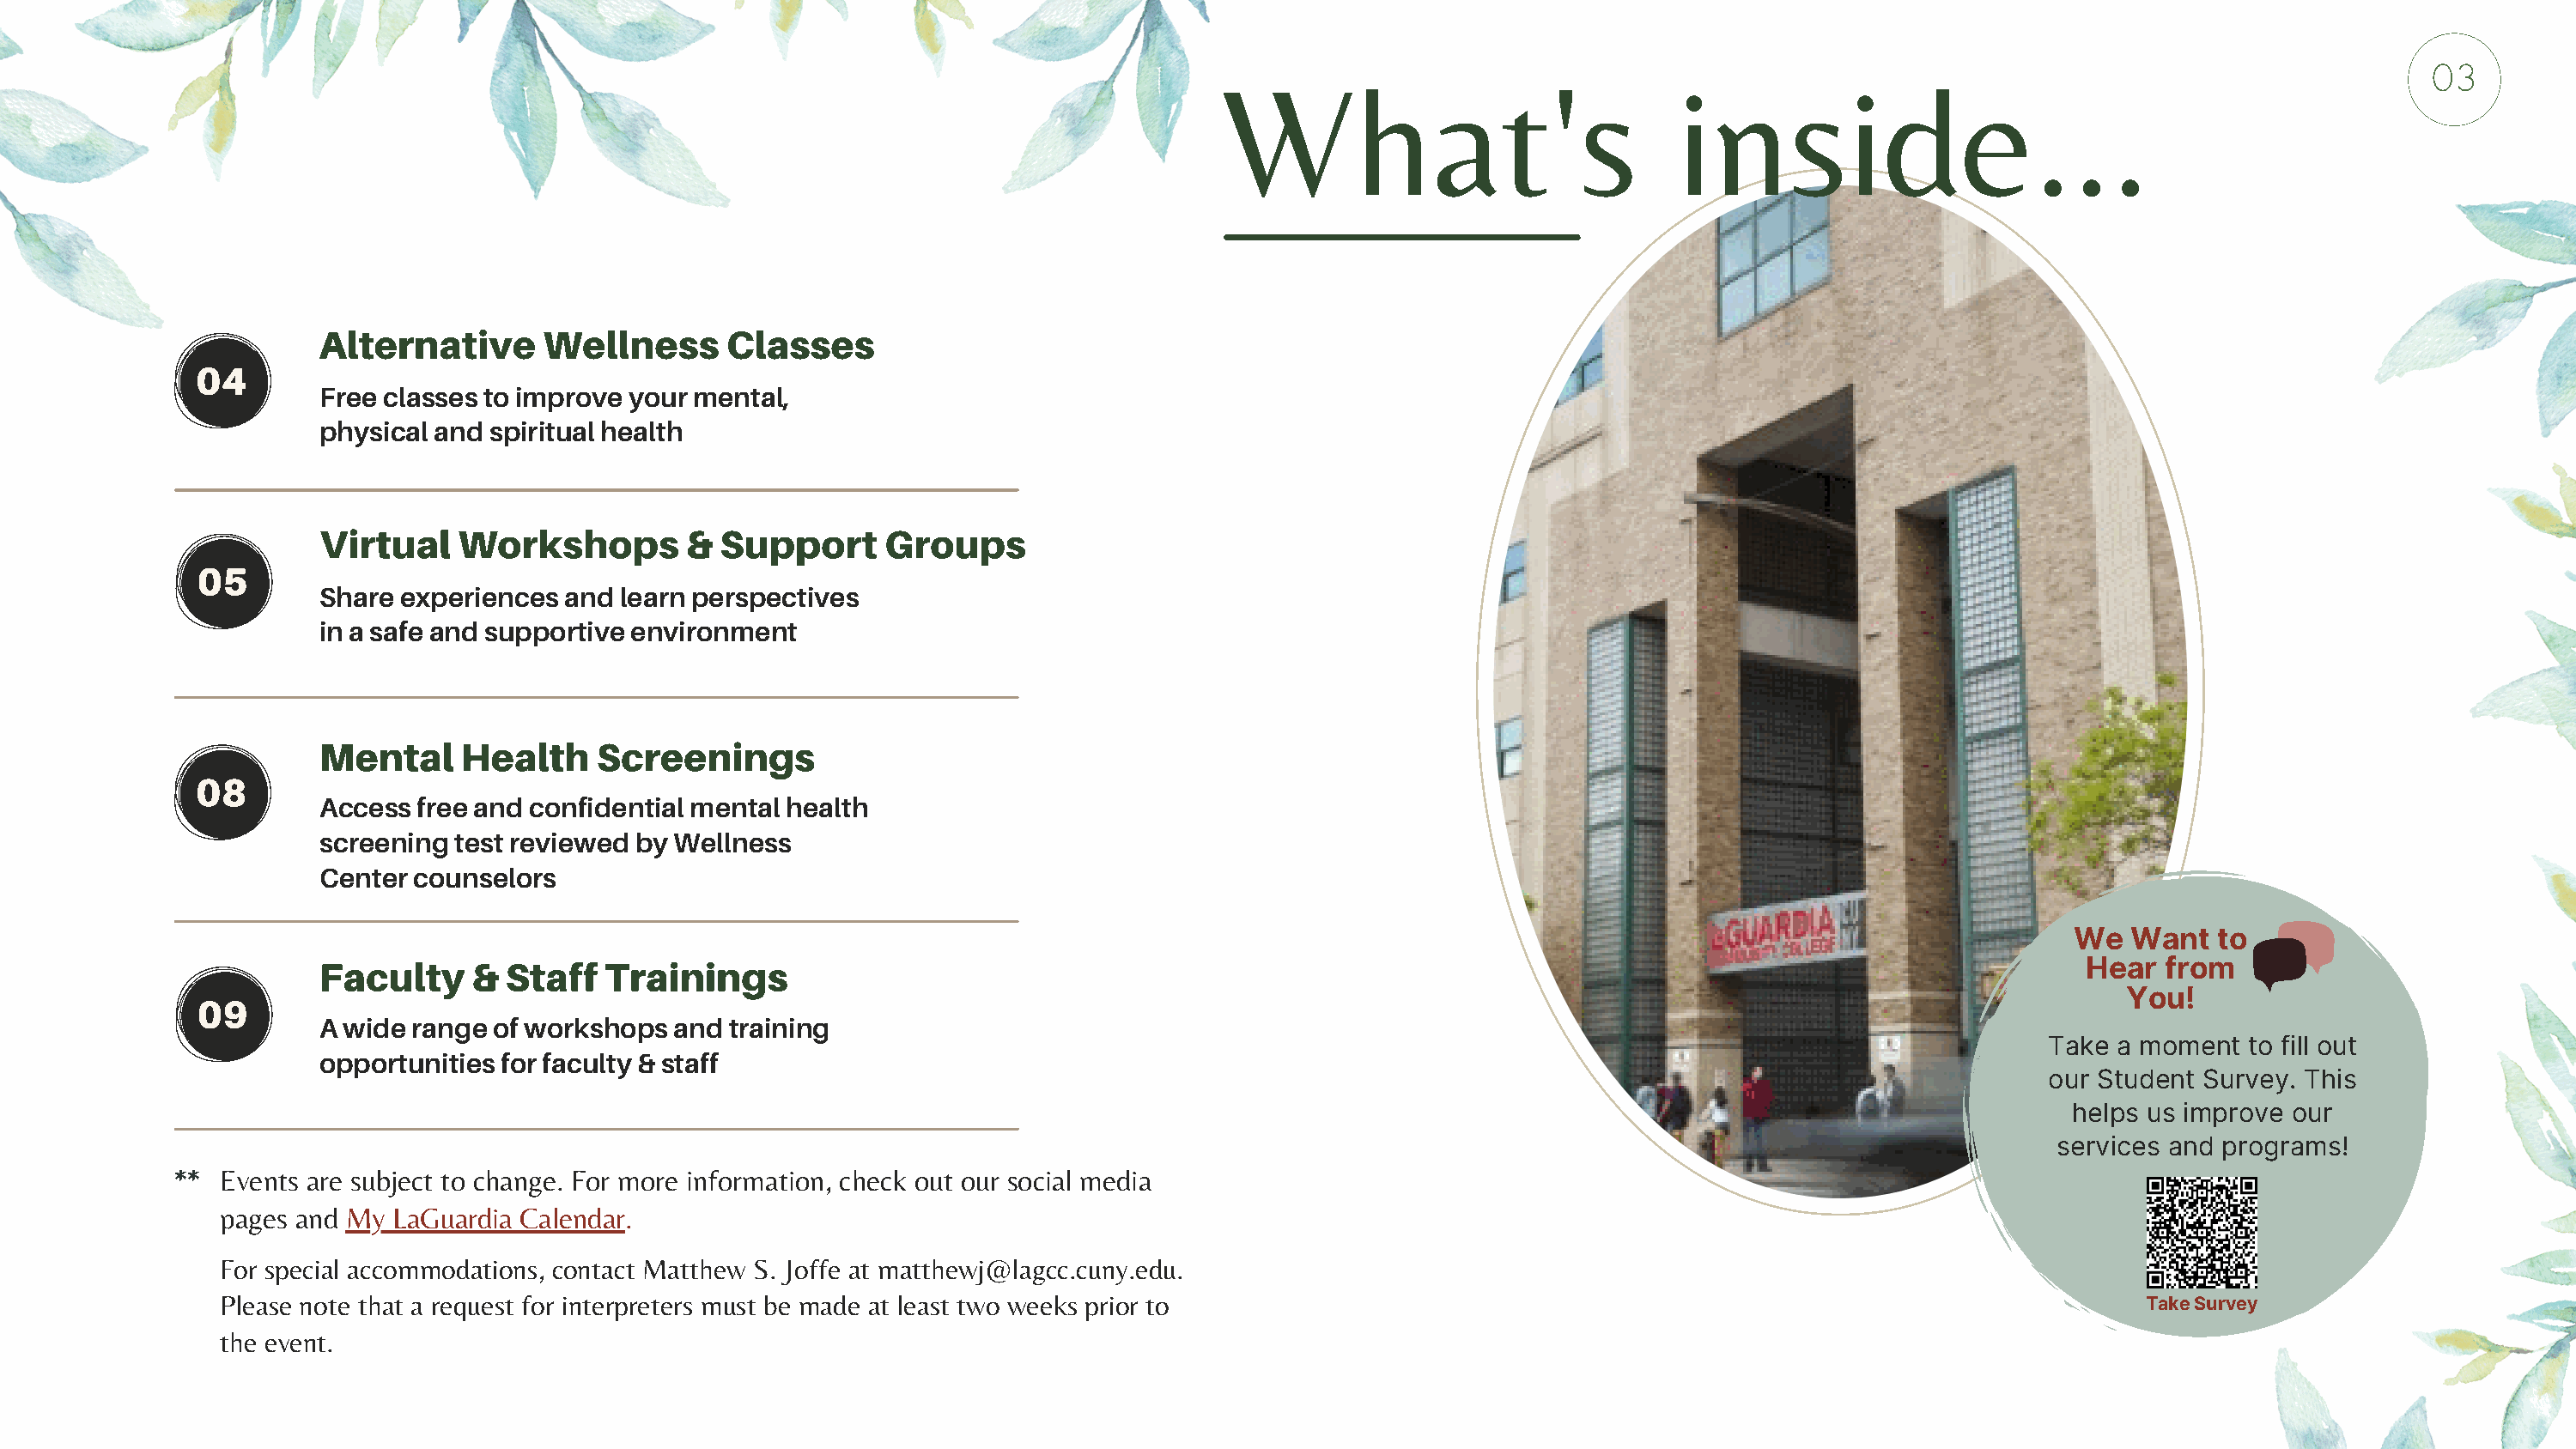
03
 What's                             inside...
 AAlltteerrnnaattiivvee WWeellllnneessss CCllaasssseess
 0 44
 Free classes to improve your mental,
 physical and spiritual health
 Virtual   Workshops         & Support      Groups
 05
 Share experiences  and learn perspectives
 in a safe and supportive environment
 Mental     Health    Screenings
 08
 Access free and confidential mental health
 screening test reviewed by Wellness
 Center counselors
 We  Want   to
 FFaaccuullttyy && SSttaaffff TTrraaiinniinnggss                                                                                         Hear  from
 09                                                                                                                                                   You!
 A wide range of workshops  and training
 Take a moment  to fill out
 opportunities for faculty & staff
 our Student Survey. This
 helps us improve our
 services and programs!
 **  Events are subject to change. For more information, check out our social media
 pages and My LaGuardia Calendar.
 For special accommodations, contact Matthew S. Joffe at matthewj@lagcc.cuny.edu.
 Please note that a request for interpreters must be made at least two weeks prior to                                                                Take Survey
 the event.